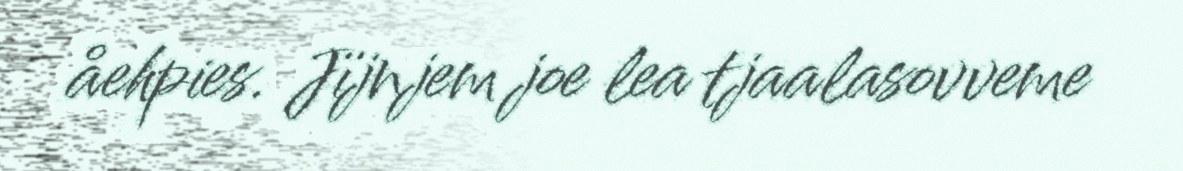
åehpies. Jïjnjem joe lea tjaalasovveme